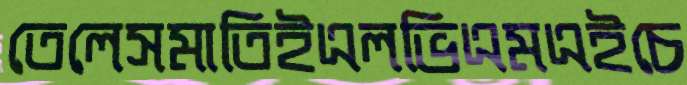
তেলেসমাতিইএলভিএমএইচে